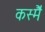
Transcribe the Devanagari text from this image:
कस्मै॑